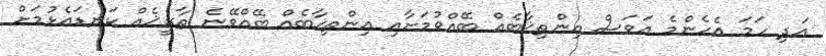
އަދި ހަމަ އެހެންމެ އަވަސް އިންތިޚާބެއް ބޭއްވުމަށާއި އިންތިޚާބެއް ބޭއްވޭނެ ތާރީޚެއް ކަނޑައެޅުމަށް